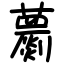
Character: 蘮